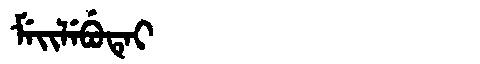
Manchu: ᠮᡝᡳᠯᡝᠪᡠᡨᡝᡳ
Romanization: MEILEBUTEI